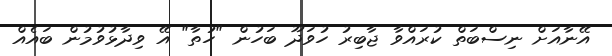
އޭނާއަށް ނިސްބަތް ކުރައްވާ ޖާބިރު ހުވަދޫ ބަހުން "ހުތާ" އޭ ވިދާޅުވުމުން ބައެއް